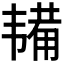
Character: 𫖔